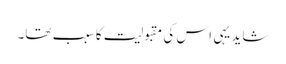
شاید یہی اس کی مقبولیت کا سبب تھا۔